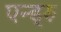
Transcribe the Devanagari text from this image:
एन्ड्रु